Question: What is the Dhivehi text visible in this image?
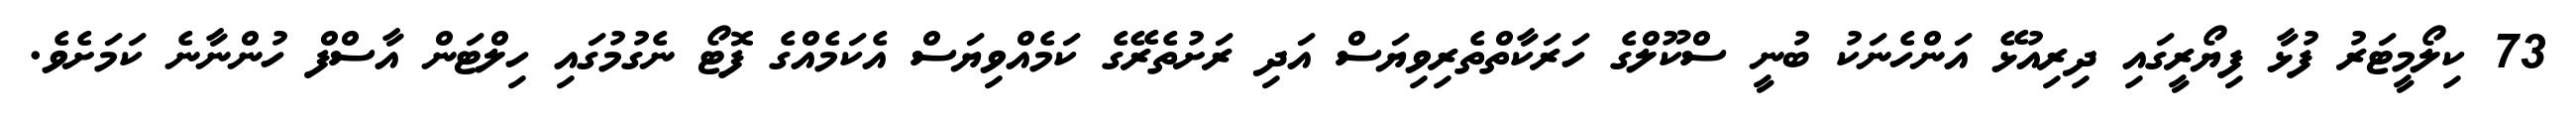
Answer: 73 ކިލޯމީޓަރު ފުޅާ ފިޔޯރީގައި ދިރިއުޅޭ އަންހެނަކު ބުނީ ސްކޫލްގެ ހަރަކާތްތެރިވިޔަސް އަދި ރަށުތެރޭގެ ކަމެއްވިޔަސް އެކަމެއްގެ ފޮޓޯ ނެގުމުގައި ހިލްޓަން އާސްފް ހުންނާނެ ކަމަށެވެ.